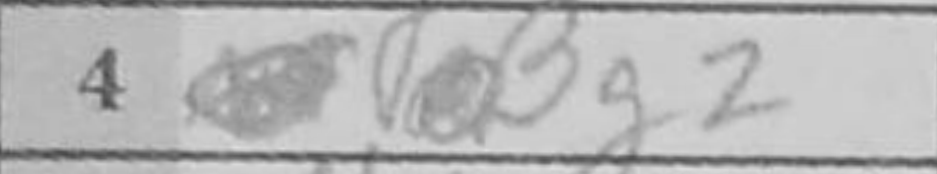
Transcription: Bg2